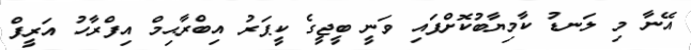
އޭނާ މި ލަނޑު ކާމިޔާބުކޮށްފައި ވަނީ ބީޖީގެ ކީޕަރު އިބްރާޙިމް އިފްރާހު އަރީފް